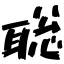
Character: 聡